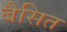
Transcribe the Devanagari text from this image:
बैसित